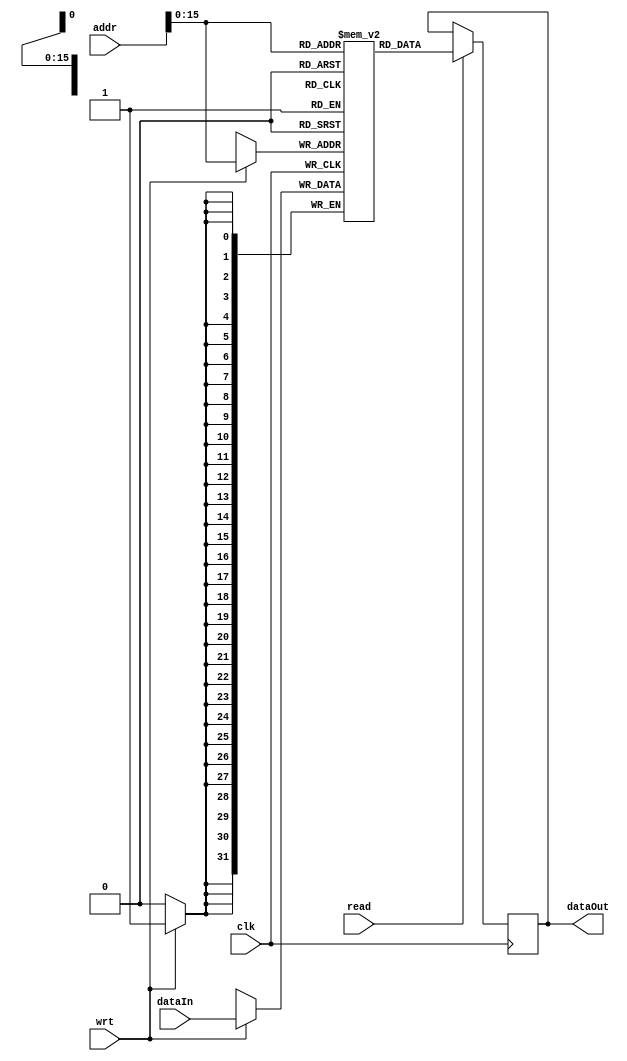
`timescale 1ns / 1ps

module dataMemory(clk, read, wrt, addr, dataIn, dataOut);

input clk, read, wrt;
input [31:0] addr;
input [31:0] dataIn;
reg [31:0] data[65535:0];
output reg [31:0] dataOut;

initial
begin
    data[2] = 3; //register 2 = address which is 2
    data[3] = -4;
    data[4] = 5;
    data[5] = 2;
    data[6] = 20; //register 3 = address which is 6
    
    data[7] = 10;
end

always@(posedge clk)
begin
    if(read == 1)
        dataOut = data[addr[15:0]];
    if(wrt == 1)
        data[addr[15:0]] = dataIn;
end
endmodule